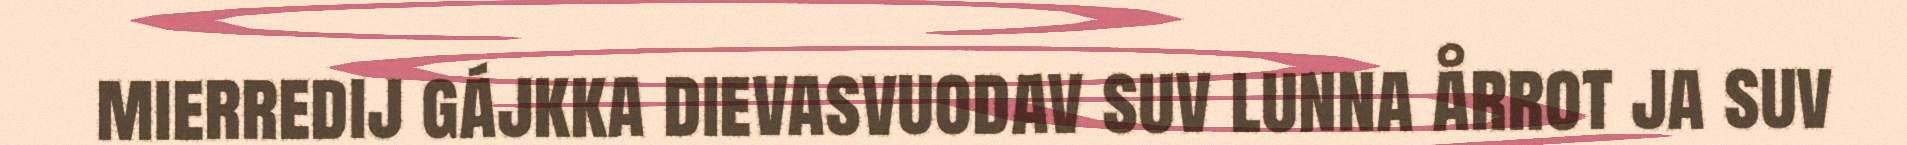
mierredij gájkka dievasvuodav suv lunna årrot ja suv